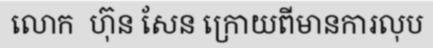
លោក  ហ៊ុន សែន ក្រោយពីមានការលុប